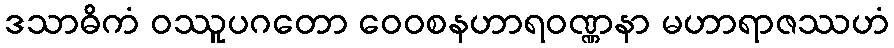
ဒသာဓိကံ ဝဿူပဂတော ဝေဝစနဟာရဝဏ္ဏနာ မဟာရာဇဿဟံ